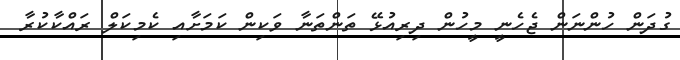
ގުދަން ހުންނަން ޖެހެނީ މީހުން ދިރިއުޅޭ ތަންތަނާ ވަކިން ކަމަށާއި ކެމިކަލް ރައްކާކުރާ